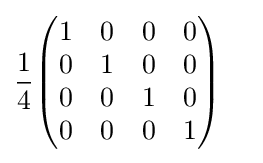
{1 \over 4}{\begin{pmatrix}1&0&0&0\\0&1&0&0\\0&0&1&0\\0&0&0&1\end{pmatrix}}\quad